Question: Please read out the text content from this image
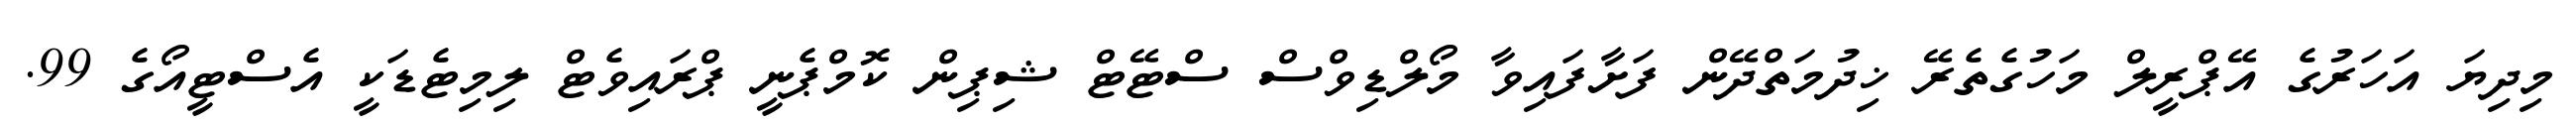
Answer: މިދިޔަ އަހަރުގެ އޭޕްރީލް މަހުގެތެރޭ ޚިދުމަތްދޭން ފަށާފައިވާ މޯލްޑިވްސް ސްޓޭޓް ޝިޕިން ކޮމްޕެނީ ޕްރައިވެޓް ލިމިޓެޑަކީ އެސްޓީއޯގެ 99.